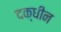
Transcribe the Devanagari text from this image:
दक्धीन